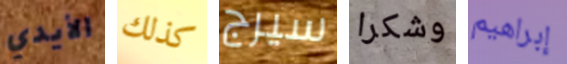
الأيدي كذلك سيرج وشكرا إبراهيم